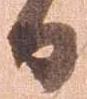
日